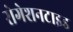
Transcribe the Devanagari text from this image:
रोगेशनटाइड